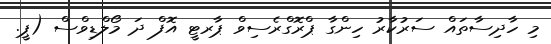
މި ހާދިސާތައް ސަރުކާރު ހިންގާާ ޕްރޮގްރެސިވް ޕާރޓީ އޮފް ދަ މޯލްޑިވްސް (ޕީ.